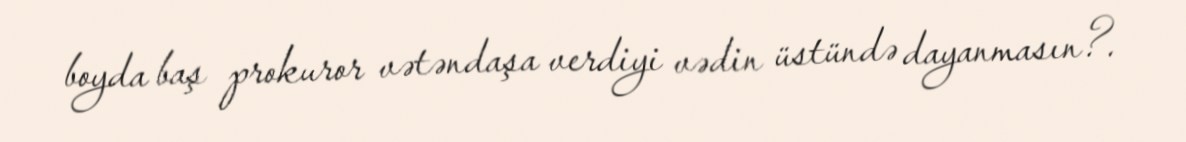
boyda baş prokuror vətəndaşa verdiyi vədin üstündə dayanmasın?.